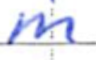
Text: m
Cross-out: clean
Writing tool: ballpoint